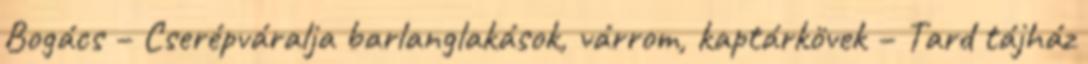
Bogács – Cserépváralja barlanglakások, várrom, kaptárkövek – Tard tájház